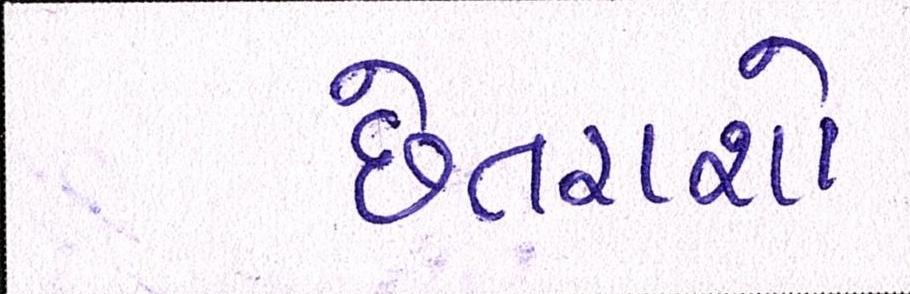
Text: છેતરાશો